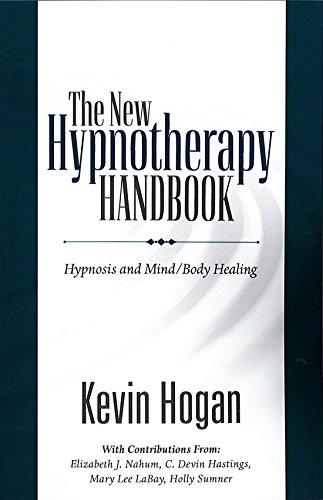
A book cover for The New Hypnotherapy Handbook: Hypnosis and Mind/Body Healing; Kevin Hogan; Self-Help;